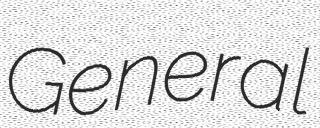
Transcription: General